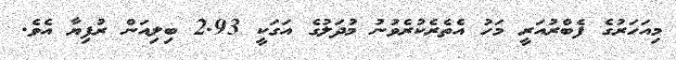
މިއަހަރުގެ ފެބްރުއަރީ މަހު އެތެރެކުރެވުނު މުދަލުގެ އަގަކީ 2.93 ބިލިއަން ރުފިޔާ އެވެ.